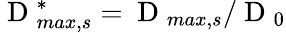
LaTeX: \mathrm{~D~}_{max,s}^{*}=\mathrm{~D~}_{max,s}/\mathrm{~D~}_{0}